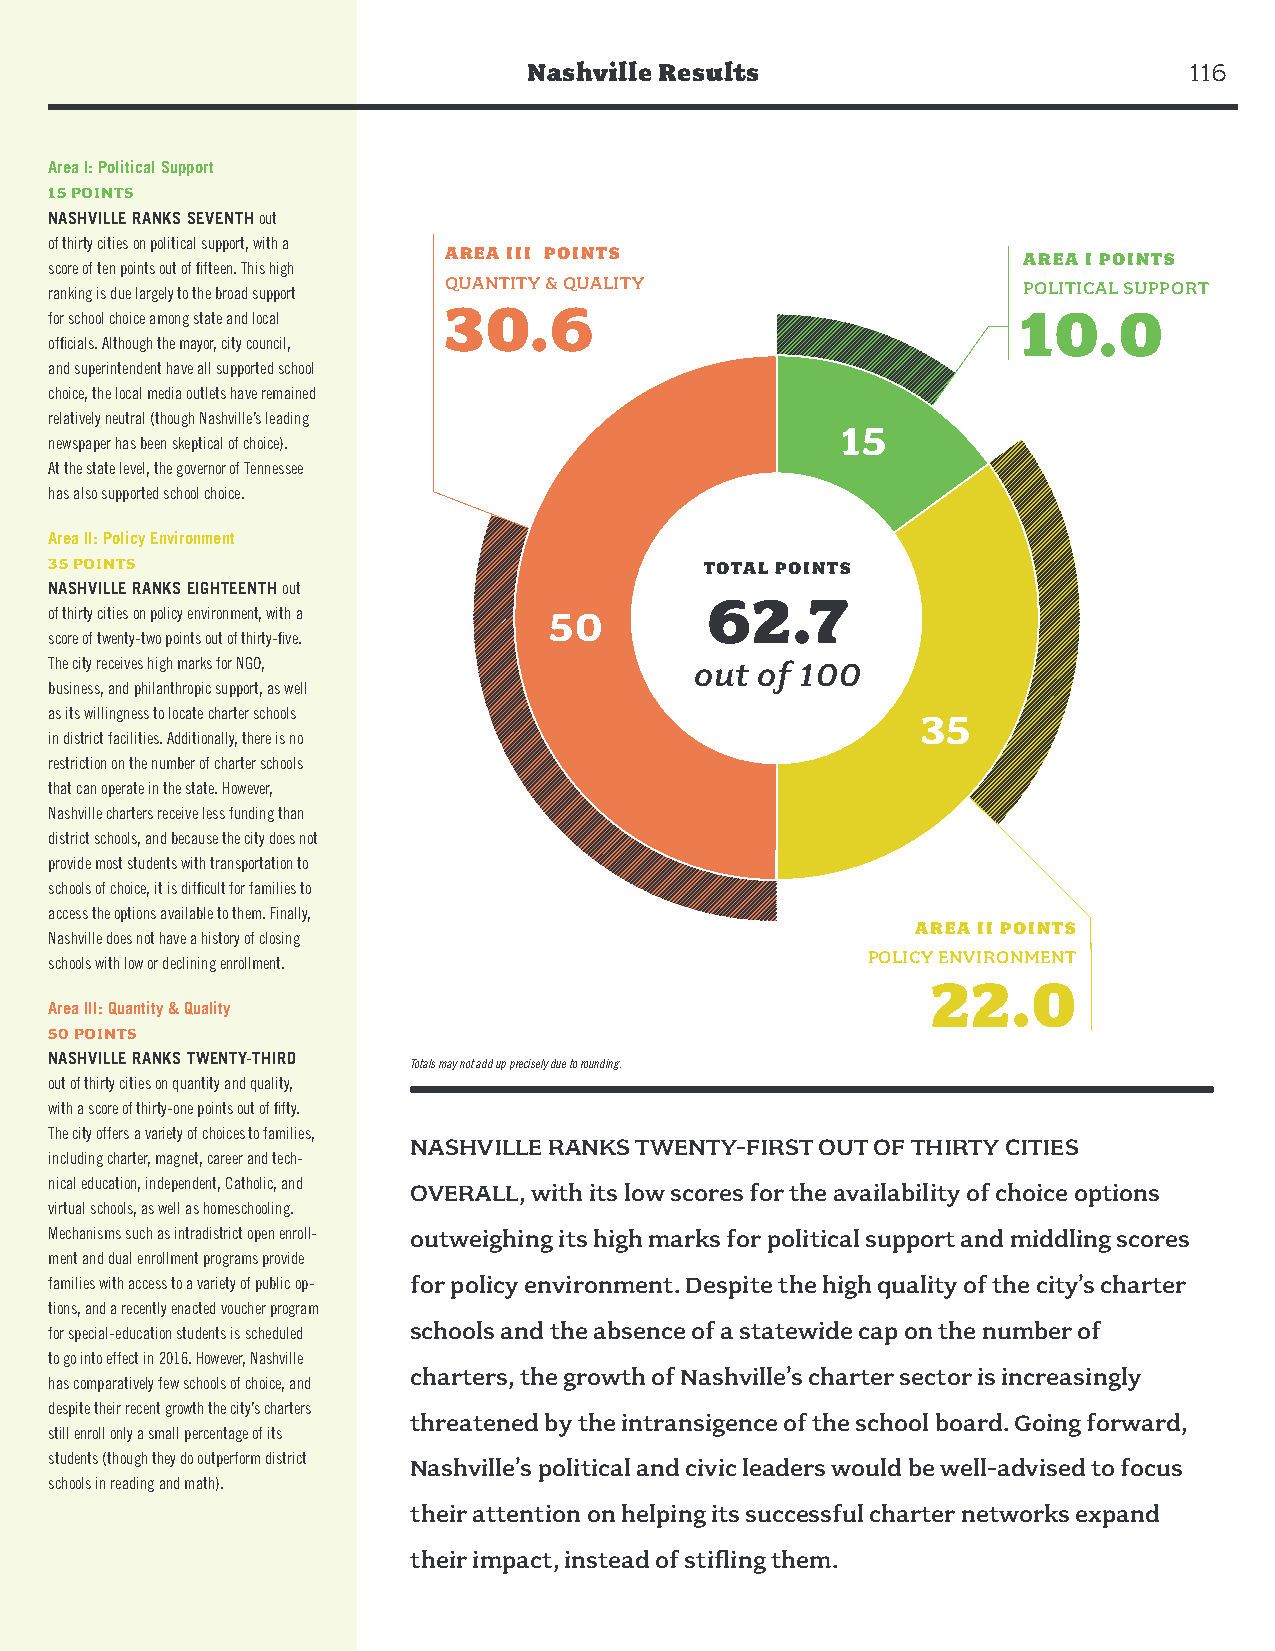
Nashville Results                           116
 Area I: Political Support
 15 POINTS
 NASHVILLE RANKS SEVENTH out
 of thirty cities on political support, with a
 AREA III POINTS                        AREA I POINTS
 score of ten points out of fifteen. This high
 ranking is due largely to the broad support QUANTITY & QUALITY   POLITICAL SUPPORT
 30.6                                   10.0
 for school choice among state and local
 officials. Although the mayor, city council,
 and superintendent have all supported school
 choice, the local media outlets have remained
 relatively neutral (though Nashville’s leading
 15
 newspaper has been skeptical of choice).
 At the state level, the governor of Tennessee
 has also supported school choice.
 Area II: Policy Environment
 35 POINTS                                   TOTAL POINTS
 NASHVILLE RANKS EIGHTEENTH out
 62.7
 of thirty cities on policy environment, with a 50
 score of twenty-two points out of thirty-five.
 The city receives high marks for NGO,      out of 100
 business, and philanthropic support, as well
 as its willingness to locate charter schools              35
 in district facilities. Additionally, there is no
 restriction on the number of charter schools
 that can operate in the state. However,
 Nashville charters receive less funding than
 district schools, and because the city does not
 provide most students with transportation to
 schools of choice, it is difficult for families to
 access the options available to them. Finally,
 AREA II POINTS
 Nashville does not have a history of closing
 POLICY ENVIRONMENT
 schools with low or declining enrollment.
 22.0
 Area III: Quantity & Quality
 50 POINTS
 NASHVILLE RANKS TWENTY-THIRD
 Totals may not add up precisely due to rounding.
 out of thirty cities on quantity and quality,
 with a score of thirty-one points out of fifty.
 The city offers a variety of choices to families,
 NASHVILLE RANKS TWENTY-FIRST OUT OF THIRTY CITIES
 including charter, magnet, career and tech-
 nical education, independent, Catholic, and OVERALL, with its low scores for the availability of choice options
 virtual schools, as well as homeschooling.
 Mechanisms such as intradistrict open enroll- outweighing its high marks for political support and middling scores
 ment and dual enrollment programs provide
 families with access to a variety of public op- for policy environment. Despite the high quality of the city’s charter
 tions, and a recently enacted voucher program
 schools and the absence of a statewide cap on the number of
 for special-education students is scheduled
 to go into effect in 2016. However, Nashville
 charters, the growth of Nashville’s charter sector is increasingly
 has comparatively few schools of choice, and
 despite their recent growth the city’s charters
 threatened by the intransigence of the school board. Going forward,
 still enroll only a small percentage of its
 students (though they do outperform district Nashville’s political and civic leaders would be well-advised to focus
 schools in reading and math).
 their attention on helping its successful charter networks expand
 their impact, instead of stifling them.